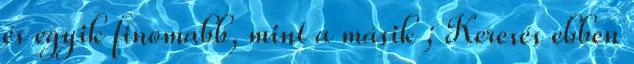
és egyik finomabb, mint a másik ; Keresés ebben